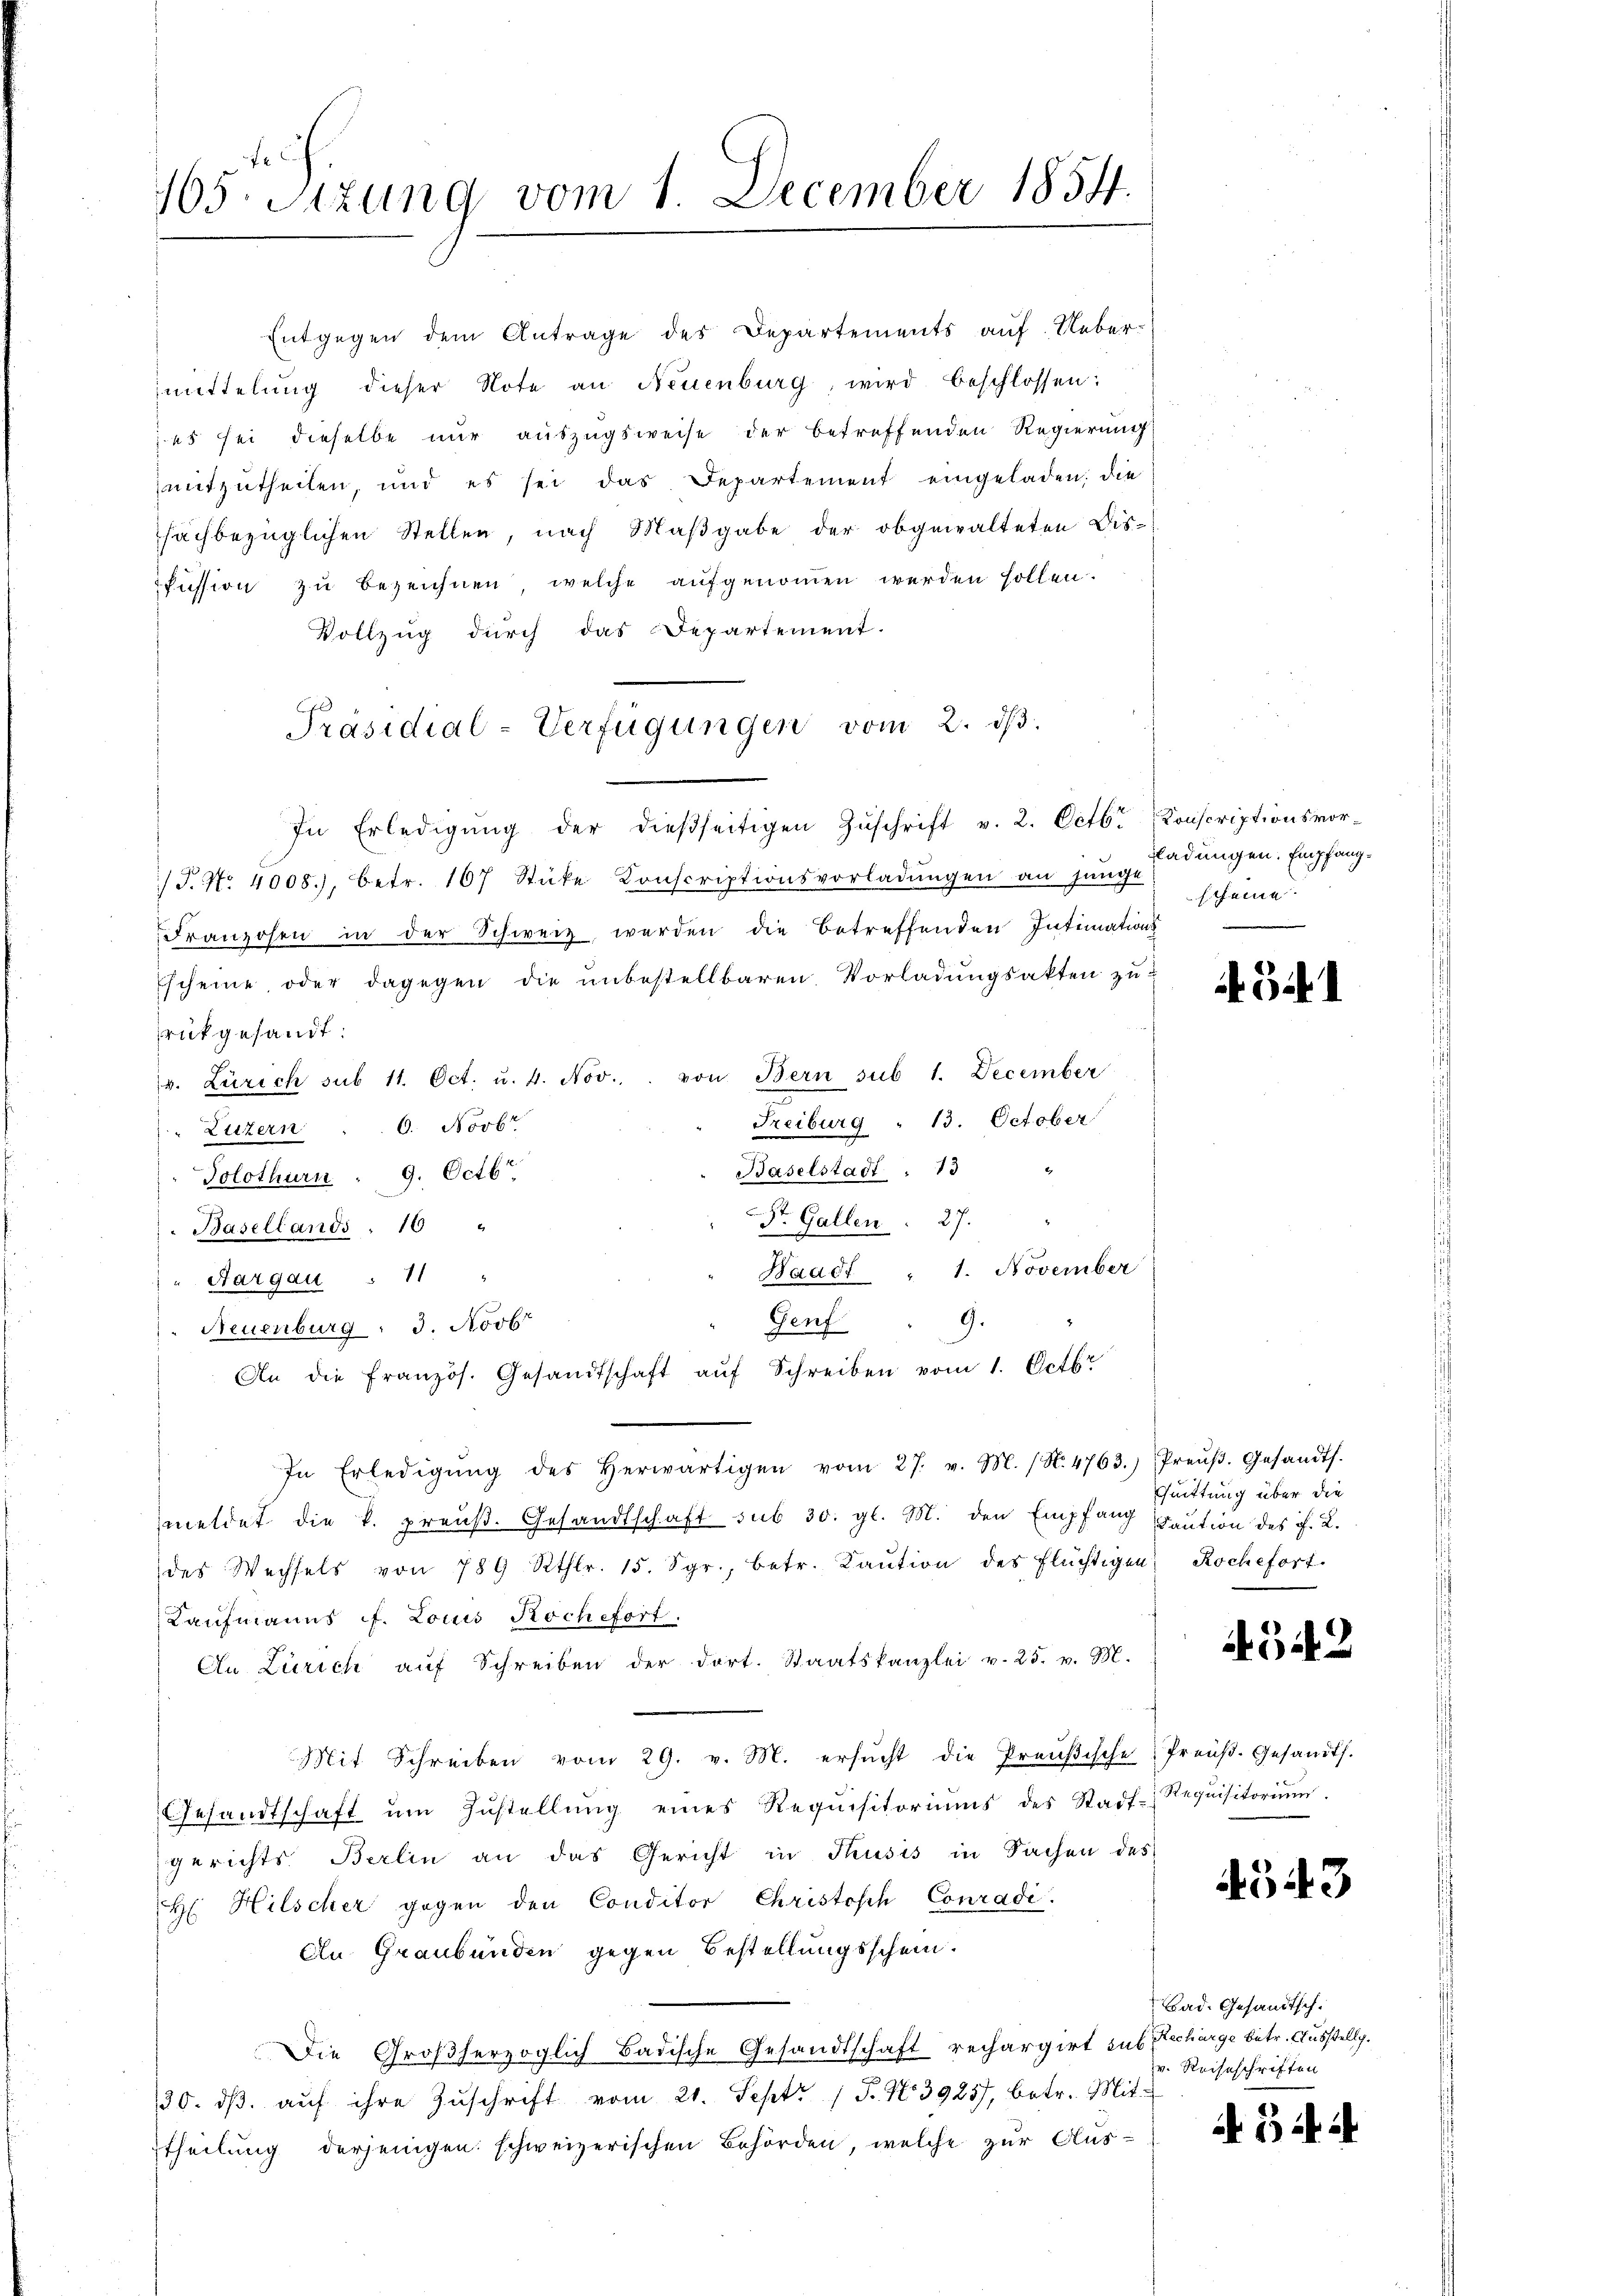
105. Sitzung vom 1. December 1854.

Entgegen dem Antrage des Departements auf. Ueber-
mittelung dieser Note an Neuenburg, wird beschlossen:
us sei dieselbe nur auszugsweise der betreffenden Regierung
mitzutheilen, und es sei das Departement eingeladen, die
sachbezüglichen Stellen, nach Maβgabe der obgewalteten Dis-
füssion zŭ bezeichnen welche aŭfgenoṁen werden sollen.
Vollzug durch das Departement.
/J. No. 4008., betr. 167 Stücke Konscriptionsvorladŭngen an junge
Franzosen in der Schweiz werden die betreffenden Intimations
scheine oder dagegen die unbestellbaren Vorladungsakten zu-
rückgesandt:
v. Zürich sub 11. Oct. u. 4. Nov. von Bern sub 1. December
Freiburg " 13. October
Luzern ... 6. Novbr
Baselstadt . 13 "
Solothurn : 9. Octbr.
St. Gallen 27.
Basellands : 16 "
Waadt " 1. November
Aargau : 11 "
Genf 9.
Neuenburg: 3. Novb
An die französ. Gesandtschaft aŭf Schreiben vom 1. Octbr
In Erledigŭng des herwärtigen vom 27. v. M. (N. 4763.) Preŭβ. Gesandts.
meldet die k. preuß. Gesandtschaft sub 30. gl. M. den Empfang Faution des h. L.
des Wechsels von 789 Rthlr. 15. Sgr., betr. Kaŭtion des Flüchtigen Rochefort-
Kaufmanns ff. Louis Rochefort.
An Zürich aŭf Schreiben der dort. Staatskanzlei v. 25. v. M.
Mit Schreiben vom 29. v. M. ersŭcht die Preußische Preŭβ- Gesandts.
Gesandtschaft ŭm Zŭstellŭng eines Requisitoriums des Stadt- Requisitoriŭm.
gerichts Berlin an das Gericht in Thusis in Sachen des
H Hilscher gegen den Conditor Christosch Conradi.
An Graubünden gegen Bestellungsschein.
Die Großherzoglich Badische Gesandtschaft rechargirt sus Recharge betr. Ausstellg.
30. dβ aŭf ihre Zŭschrift vom 21. Sept. 1 P. No 39257, betr. Mit-
theilung derjenigen schweizerischen Behörden, welche zur Aus-

Präsidial-Verfügungen vom 2. dβ.
In Erledigŭng der dießseitigen Zŭschrift v. 2. Octbr. Konscriptionsvor-

ladungen. Empfangscheine

54

Quittung über die

4542

4543

Bad. Gesandtsch.
v. Reiseschriften

54. 4